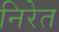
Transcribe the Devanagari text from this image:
निरेत